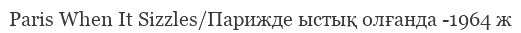
Paris When It Sizzles/Парижде ыстық олғанда -1964 ж